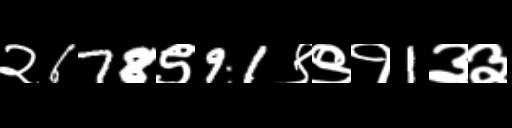
Text: २678९91९९१1३३